Annual administration and progress report of the Indian Medical Department, Bombay
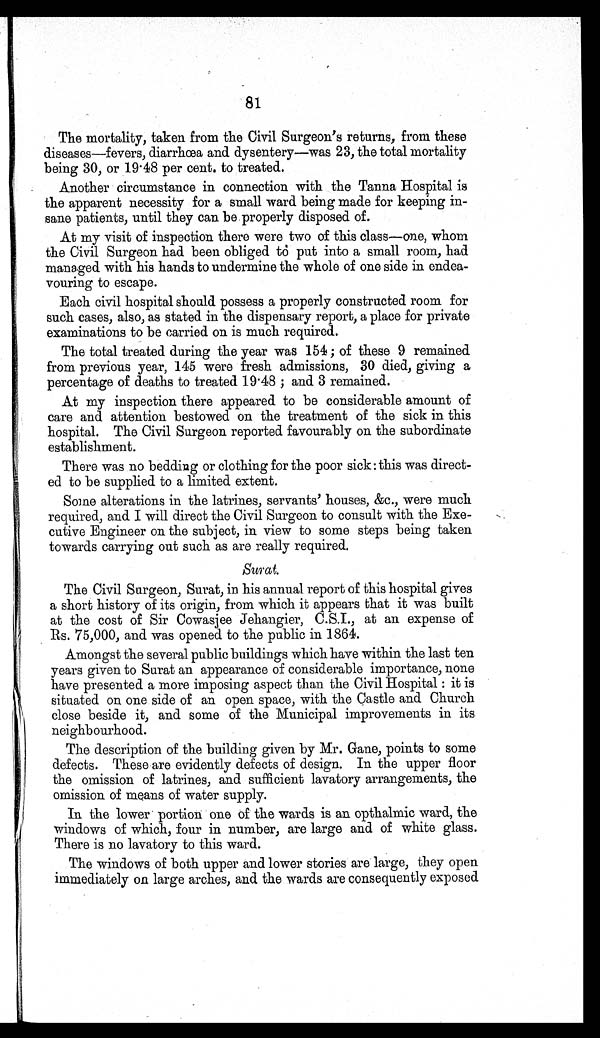
81
The mortality, taken from the Civil Surgeon's returns, from these
diseases—fevers, diarrhœa and dysentery—was 23, the total mortality
being 30, or 19.48 per cent. to treated.
Another circumstance in connection with the Tanna Hospital is
the apparent necessity for a small ward being made for keeping in-
sane patients, until they can be properly disposed of.
At my visit of inspection there were two of this class—one, whom
the Civil Surgeon had been obliged to put into a small room, had
managed with his hands to undermine the whole of one side in endea-
vouring to escape.
Each civil hospital should possess a properly constructed room for
such cases, also, as stated in the dispensary report, a place for private
examinations to be carried on is much required.
The total treated during the year was 154; of these 9 remained
from previous year, 145 were fresh admissions, 30 died, giving a
percentage of deaths to treated 19.48; and 3 remained.
At my inspection there appeared to be considerable amount of
care and attention bestowed on the treatment of the sick in this
hospital. The Civil Surgeon reported favourably on the subordinate
establishment.
There was no bedding or clothing for the poor sick: this was direct-
ed to be supplied to a limited extent.
Some alterations in the latrines, servants' houses, &c., were much
required, and I will direct the Civil Surgeon to consult with the Exe-
cutive Engineer on the subject, in view to some steps being taken
towards carrying out such as are really required.
Sur at.
The Civil Surgeon, Surat, in his annual report of this hospital gives
a short history of its origin, from which it appears that it was built
at the cost of Sir Cowasjee Jehangier, C.S.I., at an expense of
Rs. 75,000, and was opened to the public in 1864.
Amongst the several public buildings which have within the last ten
years given to Surat an appearance of considerable importance, none
have presented a more imposing aspect than the Civil Hospital: it is
situated on one side of an open space, with the Castle and Church
close beside it, and some of the Municipal improvements in its
neighbourhood.
The description of the building given by Mr. Gane, points to some
defects. These are evidently defects of design. In the upper floor
the omission of latrines, and sufficient lavatory arrangements, the
omission of means of water supply.
In the lower portion one of the wards is an opthalmic ward, the
windows of which, four in number, are large and of white glass.
There is no lavatory to this ward.
The windows of both upper and lower stories are large, they open
immediately on large arches, and the wards are consequently exposed